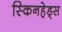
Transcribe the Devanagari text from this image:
स्किनहेड्स